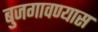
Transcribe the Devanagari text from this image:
बुजगावण्यास